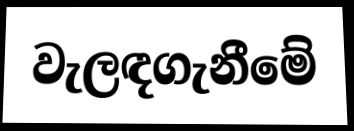
වැලඳගැනීමේ